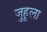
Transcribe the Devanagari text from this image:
जुहूला